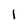
Character: 1